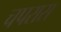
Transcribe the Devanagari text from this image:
चपरास